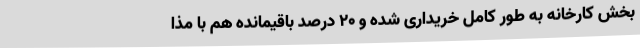
بخش کارخانه به طور کامل خریداری شده و 20 درصد باقیمانده هم با مذا